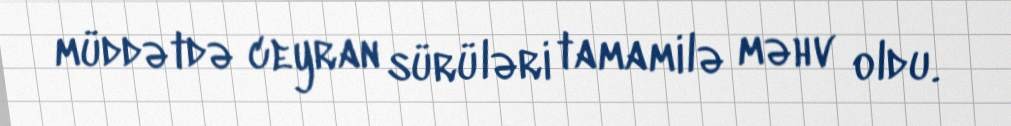
müddətdə ceyran sürüləri tamamilə məhv oldu.